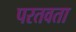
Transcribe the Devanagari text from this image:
परतवता